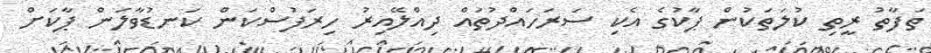
ތަފާތު ރީތި ކުލަތަކުން ޕާކުގެ އެކި ސަރަހައްދުތައް ދިއްލޭއިރު ހިރަފުސްކަން ކަނޑުވާލަން ޕާކަށް